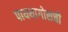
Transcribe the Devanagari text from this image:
पायथागोसची